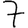
Digit: 7